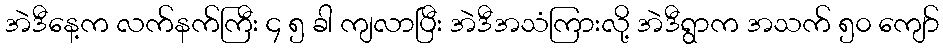
အဲဒီနေ့က လက်နက်ကြီး ၄ ၅ ခါ ကျလာပြီး အဲဒီအသံကြားလို့ အဲဒီရွာက အသက် ၅၀ ကျော်